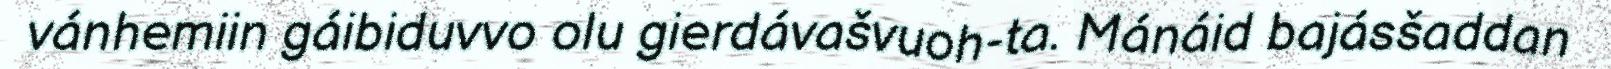
vánhemiin gáibiduvvo olu gierdávašvuoh-ta. Mánáid bajásšaddan